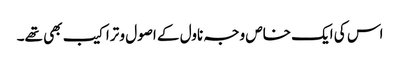
اس کی ایک خاص وجہ ناول کے اصول و تراکیب بھی تھے۔